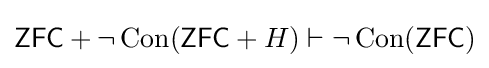
{\mathsf {ZFC}}+\lnot \operatorname {Con} ({\mathsf {ZFC}}+H)\vdash \lnot \operatorname {Con} ({\mathsf {ZFC}})